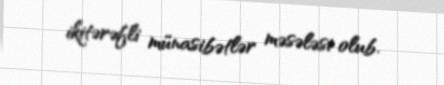
ikitərəfli münasibətlər məsələsi olub.